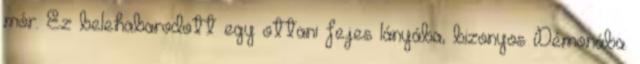
mór. Ez belehabarodott egy ottani fejes lányába, bizonyos Démonába.